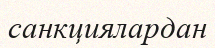
санкциялардан